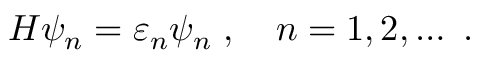
\begin{array} { r } { H \psi _ { n } = \varepsilon _ { n } \psi _ { n } \; , \quad n = 1 , 2 , \ldots \ . } \end{array}